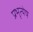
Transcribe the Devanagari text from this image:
प्रभृत्येष